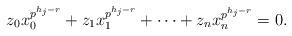
LaTeX: \begin{align*}z_0x_0^{p^{h_{j}-r}}+z_1x_1^{p^{h_{j}-r}}+\cdots+z_nx_n^{p^{h_{j}-r}}=0.\end{align*}